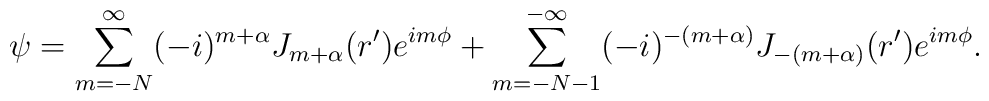
\psi = \sum_{m= -N}^{\infty} (-i)^{ m+ \alpha} J_{m+ \alpha} (r')  e^{i m \phi} + \sum_{m=-N-1}^{- \infty} (-i)^{ - (m+ \alpha) } J_{- (m+ \alpha) } (r') e^{i m \phi}.